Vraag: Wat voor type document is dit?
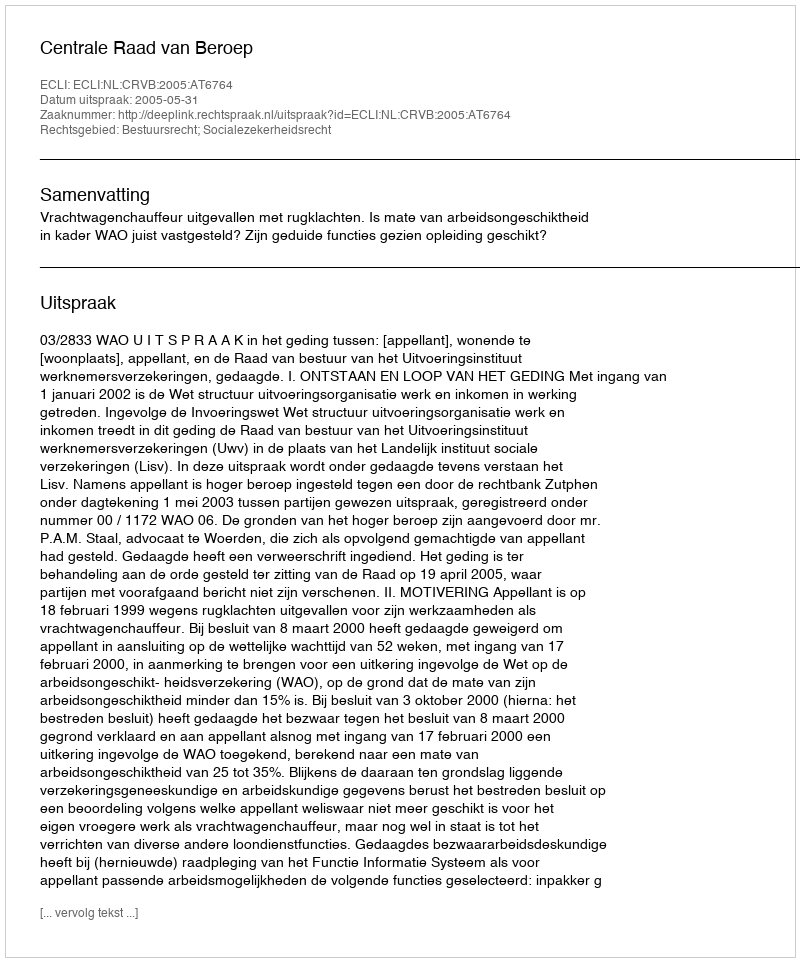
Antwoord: Uitspraak